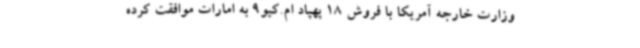
وزارت خارجه آمریکا با فروش 18 پهپاد ام.کیو9 به امارات موافقت کرده